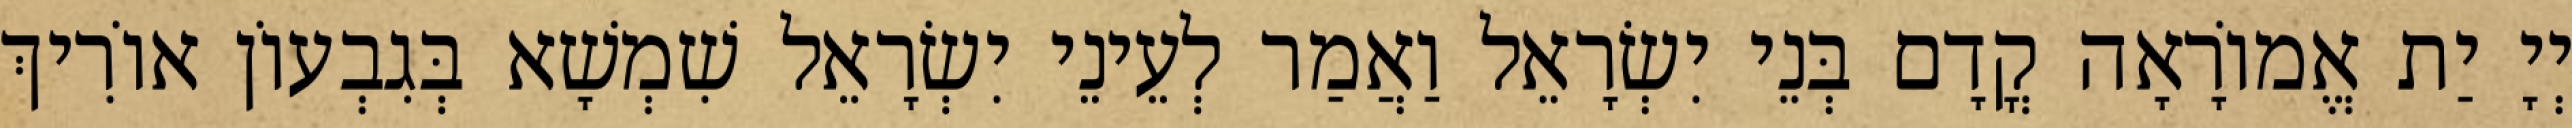
יְיָ יַת אֱמוֹרָאָה קֳדָם בְּנֵי יִשְׂרָאֵל וַאֲמַר לְעֵינֵי יִשְׂרָאֵל שִׁמְשָׁא בְּגִבְעוֹן אוֹרִיךְ